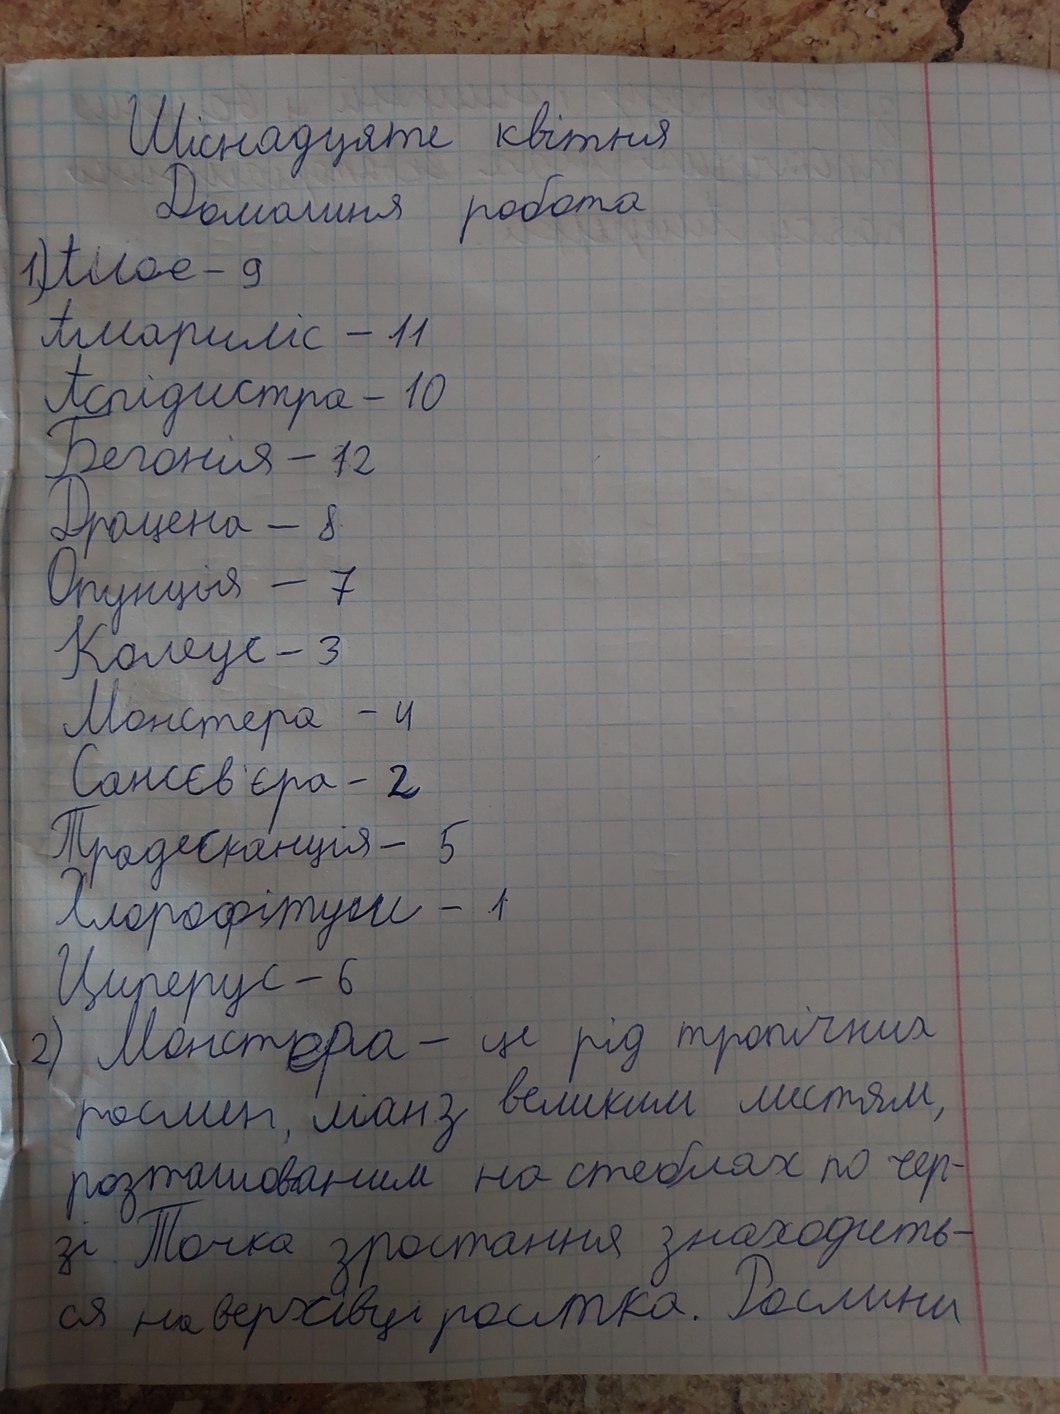
Шіснадцяте квітня
Домашня робота
1) Алое - 9
Амариліс - 11
Аспідистра - 10
Бегонія - 12
Драцена - 8
Опунція - 7
Колеус - 3
Монстера - 4
Сансєв'єра - 2
Традесканція - 5
Хлорофітум - 1
Циперус - 6
2) Монстера - це рід тропічних
рослин, ліан з великим листям,
розташованим на стеблах по чер-
зі. Точка зростання знаходить-
ся на верхівці ростка. Рослини